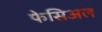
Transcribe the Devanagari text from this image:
फेसिअल